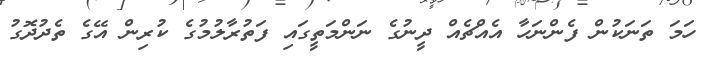
ހަމަ ތަނަކުން ފެންނަހާ އެއްޗެއް ދީނުގެ ނަންމަތީގައި ފަތުރާލުމުގެ ކުރިން އޭގެ ތެދުދޮގު